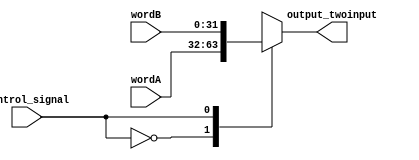
module TwoInputMuxes(wordA, wordB, control_signal, output_twoinput);
input[31:0] wordA, wordB;
input control_signal;
output[31:0] output_twoinput;

wire[31:0] mux[1:0]; // Creates a 2d Array of wires
assign mux[0] = wordA; // Connects the sources of the array
assign mux[1] = wordB;

assign output_twoinput = mux[control_signal]; // Connects the output of the array

endmodule 

module test_twoinputmuxes;
wire[31:0] Output_TwoInput;
reg[31:0] word_A, word_B;
reg Control_Signal;

TwoInputMuxes twoinput(word_A, word_B, Control_Signal, Output_TwoInput);

initial begin
$display("wordA  wordB  control_signal| output");
word_A={32'b1};
word_B={32'b0};
Control_Signal={1'b0};
#1000 
$display("%b  %b  %b| %b", word_A, word_B, Control_Signal, Output_TwoInput);  
end

endmodule